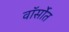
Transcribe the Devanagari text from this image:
वॉर्सोत